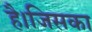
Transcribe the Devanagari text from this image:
है।जिसका